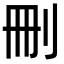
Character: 刪